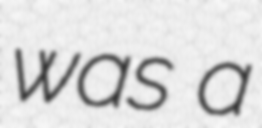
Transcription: was a